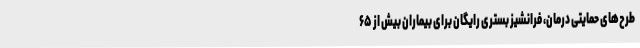
طرح‌های حمایتی درمان، فرانشیز بستری رایگان برای بیماران بیش از ۶۵